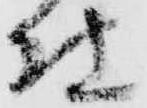
仕